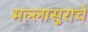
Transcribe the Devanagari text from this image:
मल्लासुराचे